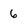
Character: 6